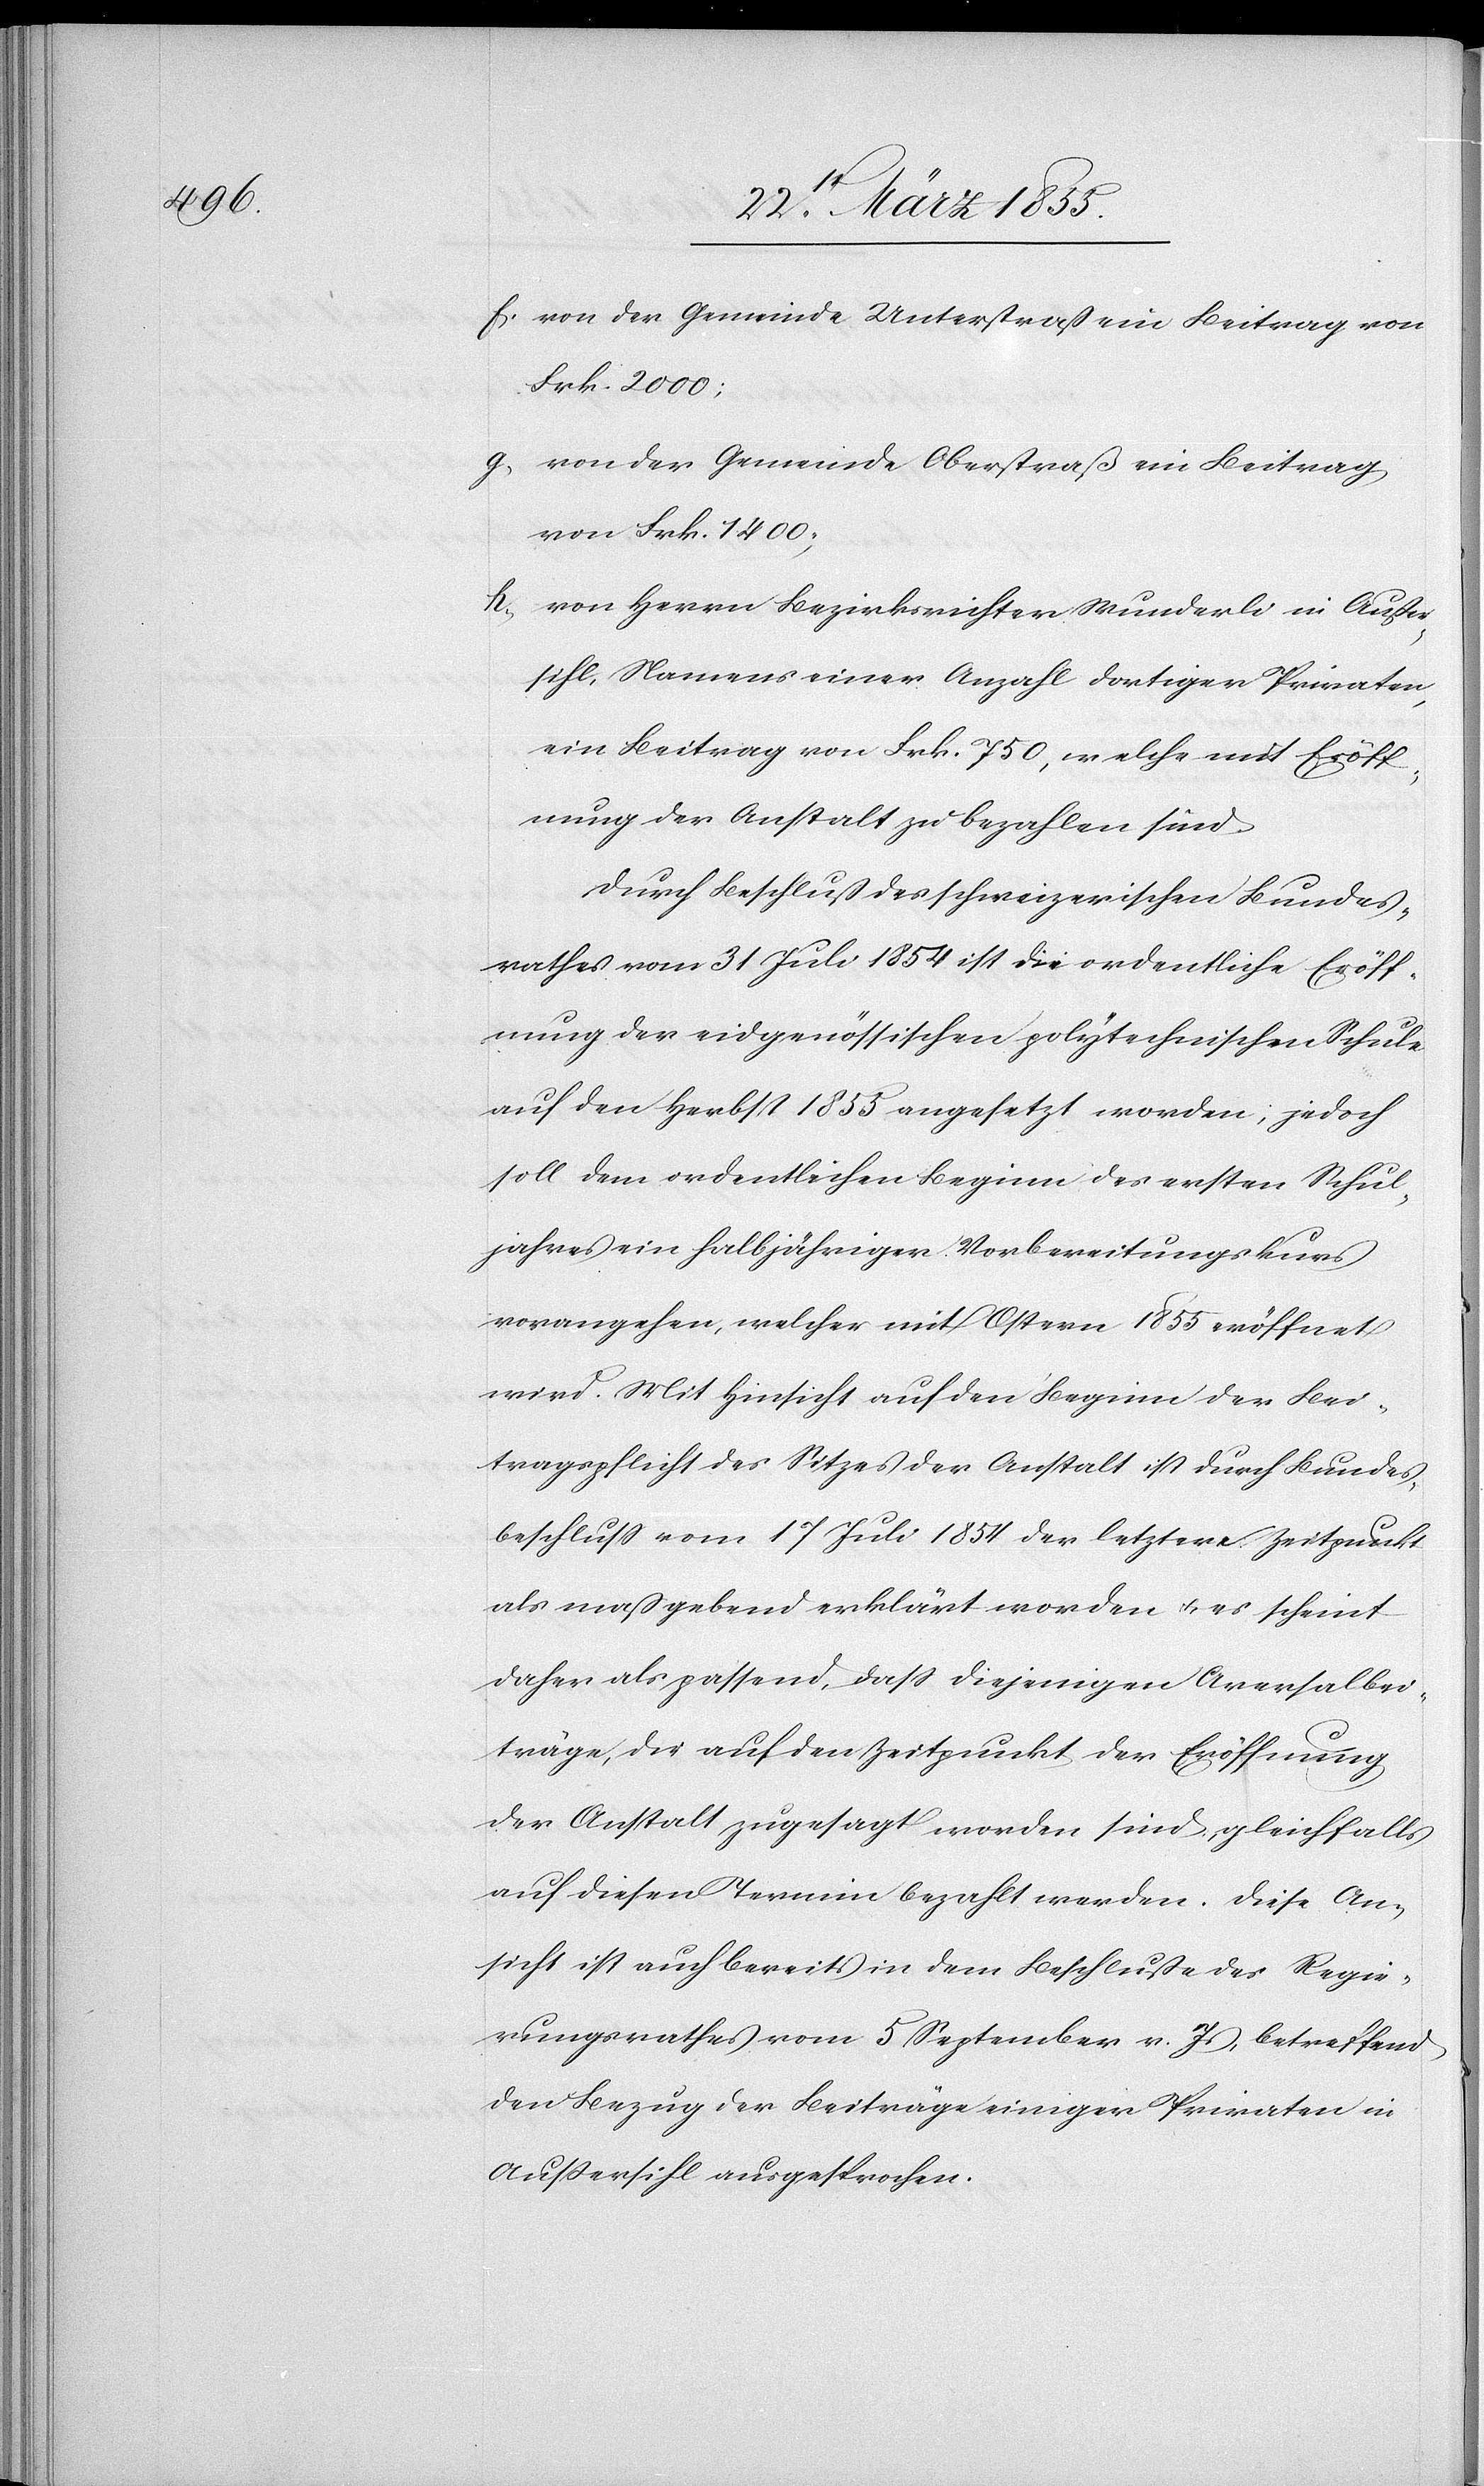
von der Gemeinde Unterstraß ein Beitrag von
Frk. 2000;
von der Gemeinde Oberstraß ein Beitrag
von Frk. 1400;
von Herrn Bezirksrichter Wunderli in Außer¬
sihl, Namens einer Anzahl dortiger Privaten,
ein Beitrag von Frk. 750, welche mit Eröff¬
nung der Anstalt zu bezahlen sind.
Durch Beschluß des schweizerischen Bundes¬
rathes vom 31 Juli 1854 ist die ordentliche Eröff¬
nung der eidgenössischen polytechnischen Schule
auf den Herbst 1855 angesetzt worden; jedoch
soll dem ordentlichen Beginn des ersten Schul¬
jahres ein halbjähriger Vorbereitungskurs
vorangehen, welcher mit Ostern 1855 eröffnet
wird. Mit Hinsicht auf den Beginn der Bei¬
tragspflicht des Sitzes der Anstalt ist durch Bundes¬
beschluss vom 17 Juli 1854 der letztere Zeitpunkt
als maßgebend erklärt worden & es scheint
daher als passend, dass diejenigen Aversalbei¬
träge, die auf den Zeitpunkt der Eröffnung
der Anstalt zugesagt worden sind, gleichfalls
auf diesen Termin bezahlt werden. Diese An¬
sicht ist auch bereits in dem Beschluße des Regie¬
rungsrathes vom 5 September v. Js, betreffend
den Bezug der Beiträge einiger Privaten in
Aussersihl ausgesprochen.